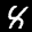
Label: 8